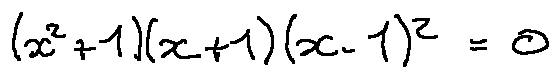
( x ^ { 2 } + 1 ) ( x + 1 ) ( x - 1 ) ^ { 2 } = 0